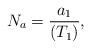
LaTeX: \begin{align*} N_a = \frac{ a_1}{(T_1)}, \end{align*}